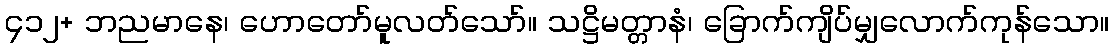
၄၁၂+ ဘညမာနေ၊ ဟောတော်မူလတ်သော်။ သဋ္ဌိမတ္တာနံ၊ ခြောက်ကျိပ်မျှလောက်ကုန်သော။